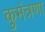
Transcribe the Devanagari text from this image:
कुमंत्रणा